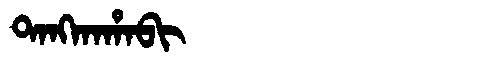
Manchu: ᡨᠠᠩᡴᠠᡥᠠᠪᡳ
Romanization: TANGKAHABI